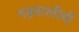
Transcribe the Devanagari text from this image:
गढ़वालीयों